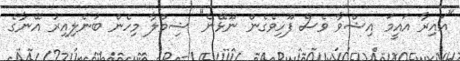
"އައިރާ އައީމަ އިޝްވާ ވެސް ފޫހިވެގެން ނޫޅޭނެ" ޝިމްލާ މިހެން ބުނެލިއިރު އޭނާގެ